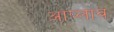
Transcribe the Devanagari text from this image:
आप्लाव